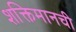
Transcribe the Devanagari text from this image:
शक्तिमानची